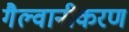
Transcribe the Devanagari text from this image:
गैल्वानीकरण